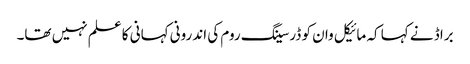
براڈ نے کہا کہ مائیکل وان کو ڈرسینگ روم کی اندرونی کہانی کا علم نہیں تھا۔